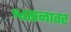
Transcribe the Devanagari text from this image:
श्वसनावर